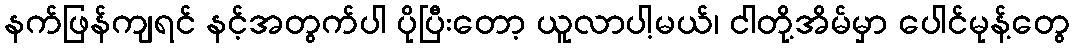
နက်ဖြန်ကျရင် နင့်အတွက်ပါ ပိုပြီးတော့ ယူလာပါ့မယ်၊ ငါတို့အိမ်မှာ ပေါင်မုန့်တွေ